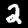
Label: 2